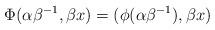
LaTeX: \begin{align*}\Phi(\alpha\beta^{-1}, \beta x) = (\phi(\alpha\beta^{-1}), \beta x)\end{align*}